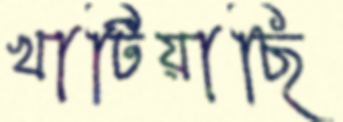
খাটিয়াছি